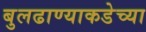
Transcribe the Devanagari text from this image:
बुलढाण्याकडेच्या